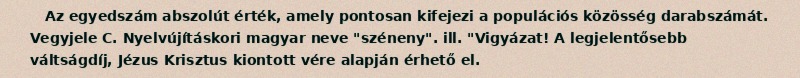
Az egyedszám abszolút érték, amely pontosan kifejezi a populációs közösség darabszámát. Vegyjele C. Nyelvújításkori magyar neve "széneny". ill. "Vigyázat! A legjelentősebb váltságdíj, Jézus Krisztus kiontott vére alapján érhető el.